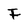
Character: F